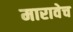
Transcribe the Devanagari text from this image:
मारावेच